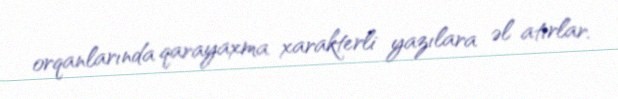
orqanlarında qarayaxma xarakterli yazılara əl atırlar.